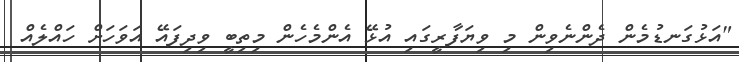
"އަޅުގަނޑުމެން ދެންނެވިން މި ވިޔަފާރީގައި އުޅޭ އެންމެހެން މިތިބީ ވިދިފައޭ އަވަހަށް ހައްލެއް